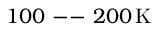
1 0 0 \mathrm { ~ -- ~ } 2 0 0 \, \mathrm { K }